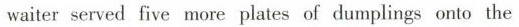
waiter served five more plates of dumplings onto the